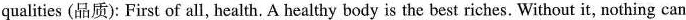
qualities (品质): First of all, health. A healthy body is the best riches. Without it, nothing can